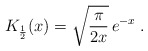
\begin{align*}K_{1\over 2}(x)= \sqrt{\frac {\pi} {2x}}\, e^{-x} \; .\end{align*}